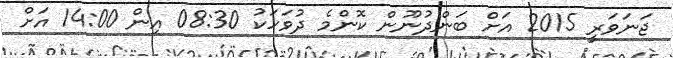
ޖަނަވަރީ 2015 އަށް ބަންދުނޫން ކޮންމެ ދުވަހަކު 08:30 އިން 14:00 އަށް